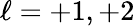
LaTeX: \ell=+1,+2